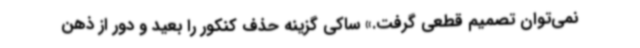
نمی‌توان تصمیم قطعی گرفت.» ساکی گزینه حذف کنکور را بعید و دور از ذهن